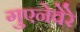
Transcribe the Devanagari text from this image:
गुएनेवेरे